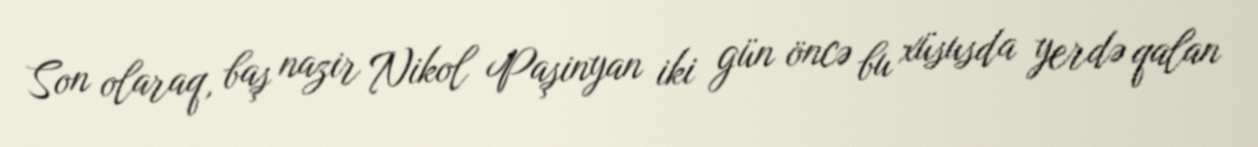
Son olaraq, baş nazir Nikol Paşinyan iki gün öncə bu xüsusda yerdə qalan